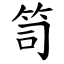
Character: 笥